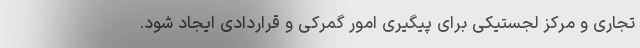
تجاری و مرکز لجستیکی برای پیگیری امور گمرکی و قراردادی ایجاد شود.